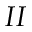
I I